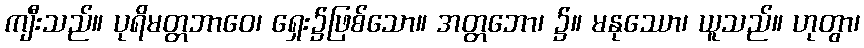
ကျီးသည်။ ပုရိမတ္တဘာဝေ၊ ရှေး၌ဖြစ်သော။ အတ္တဘော၊ ၌။ မနုဿော၊ ယူသည်။ ဟုတွာ၊